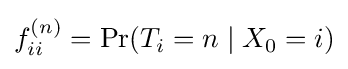
f_{ii}^{(n)}=\Pr(T_{i}=n\mid X_{0}=i)